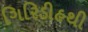
ગિરિડીહથી